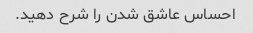
احساس عاشق شدن را شرح دهید.